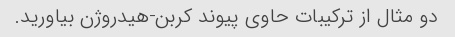
دو مثال از ترکیبات حاوی پیوند کربن-هیدروژن بیاورید.